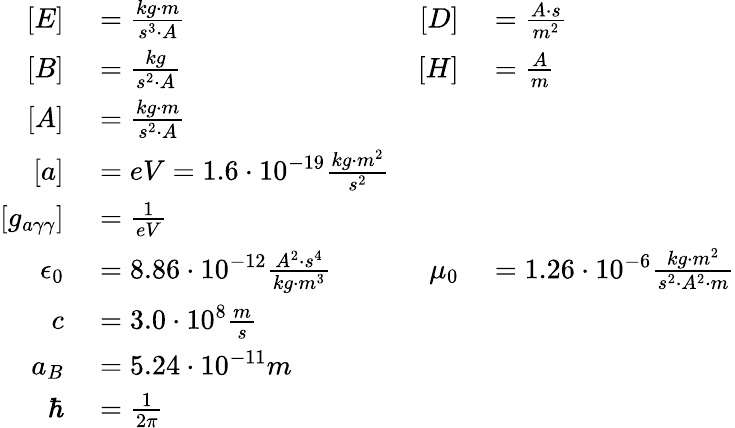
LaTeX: \begin{array}{rlrl}{\left[E\right]}&{{}=\frac{kg\cdot m}{s^{3}\cdot A}\qquad}&{\left[D\right]}&{{}=\frac{A\cdot s}{m^{2}}}\\ {\left[B\right]}&{{}=\frac{kg}{s^{2}\cdot A}\qquad}&{\left[H\right]}&{{}=\frac{A}{m}}\\ {\left[A\right]}&{{}=\frac{kg\cdot m}{s^{2}\cdot A}}\\ {\left[a\right]}&{{}=eV=1.6\cdot 10^{-19}\frac{kg\cdot m^{2}}{s^{2}}}\\ {\left[g_{a\gamma\gamma}\right]}&{{}=\frac{1}{eV}}\\ {\epsilon_{0}}&{{}=8.86\cdot 10^{-12}\frac{A^{2}\cdot s^{4}}{kg\cdot m^{3}}\qquad}&{\mu_{0}}&{{}=1.26\cdot 10^{-6}\frac{kg\cdot m^{2}}{s^{2}\cdot A^{2}\cdot m}}\\ {c}&{{}=3.0\cdot 10^{8}\frac{m}{s}}\\ {a_{B}}&{{}=5.24\cdot 10^{-11}m}\\ {\hbar}&{{}=\frac{1}{2\pi}}\end{array}